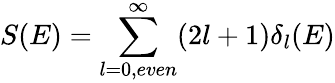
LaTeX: S(E)=\sum_{l=0,even}^{\infty}(2l+1)\delta_{l}(E)